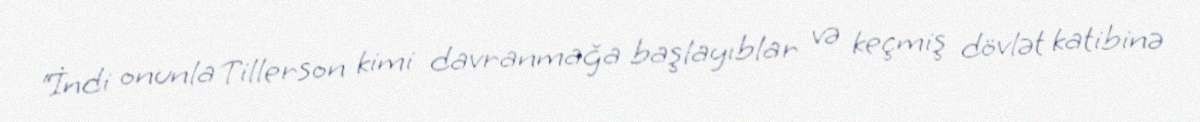
“İndi onunla Tillerson kimi davranmağa başlayıblar və keçmiş dövlət katibinə